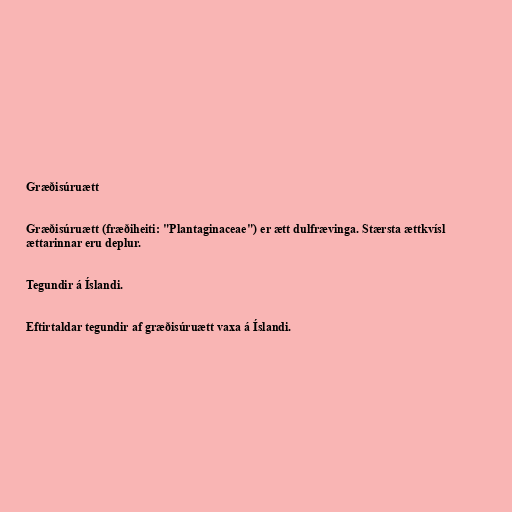
Græðisúruætt

Græðisúruætt (fræðiheiti: "Plantaginaceae") er ætt dulfrævinga. Stærsta ættkvísl
ættarinnar eru deplur.

Tegundir á Íslandi.

Eftirtaldar tegundir af græðisúruætt vaxa á Íslandi.